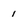
Character: 1